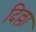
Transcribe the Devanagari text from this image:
दिल्ला